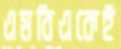
এমবিএকেই